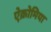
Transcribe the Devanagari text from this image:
ऐक्रोमिया